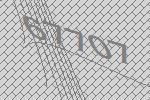
67707